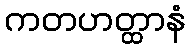
ကတဟတ္ထာနံ